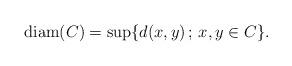
LaTeX: \begin{align*}{\rm diam}(C)&=\sup\{d(x,y)\,;\,x,y\in C\}.\end{align*}